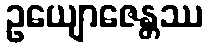
ဥယျောဇေန္တဿ